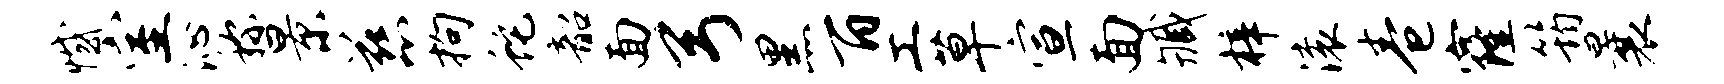
憾室沁称景慈拘蛇韶面弓黑百工草宣面臧梓滚卷窿筠曩